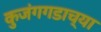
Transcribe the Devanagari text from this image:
कुजंगगडाच्या